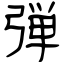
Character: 弾